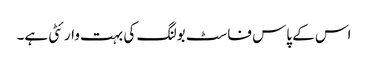
اس کے پاس فاسٹ بولنگ کی بہت وارئٹی ہے۔